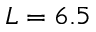
L = 6 . 5